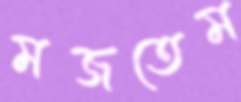
মজতেম